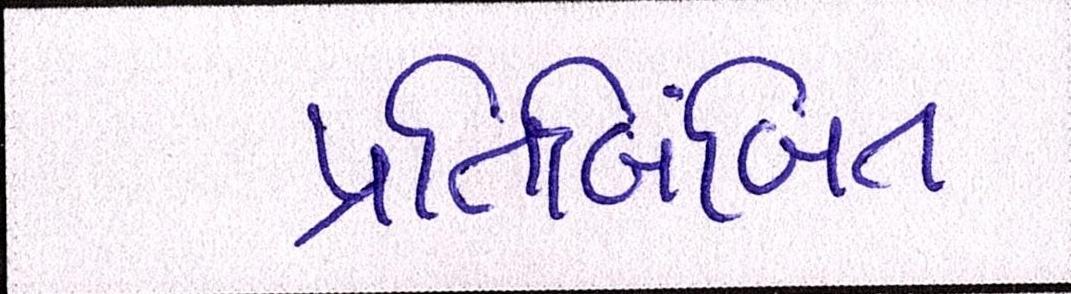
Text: પ્રતિબિંબિત